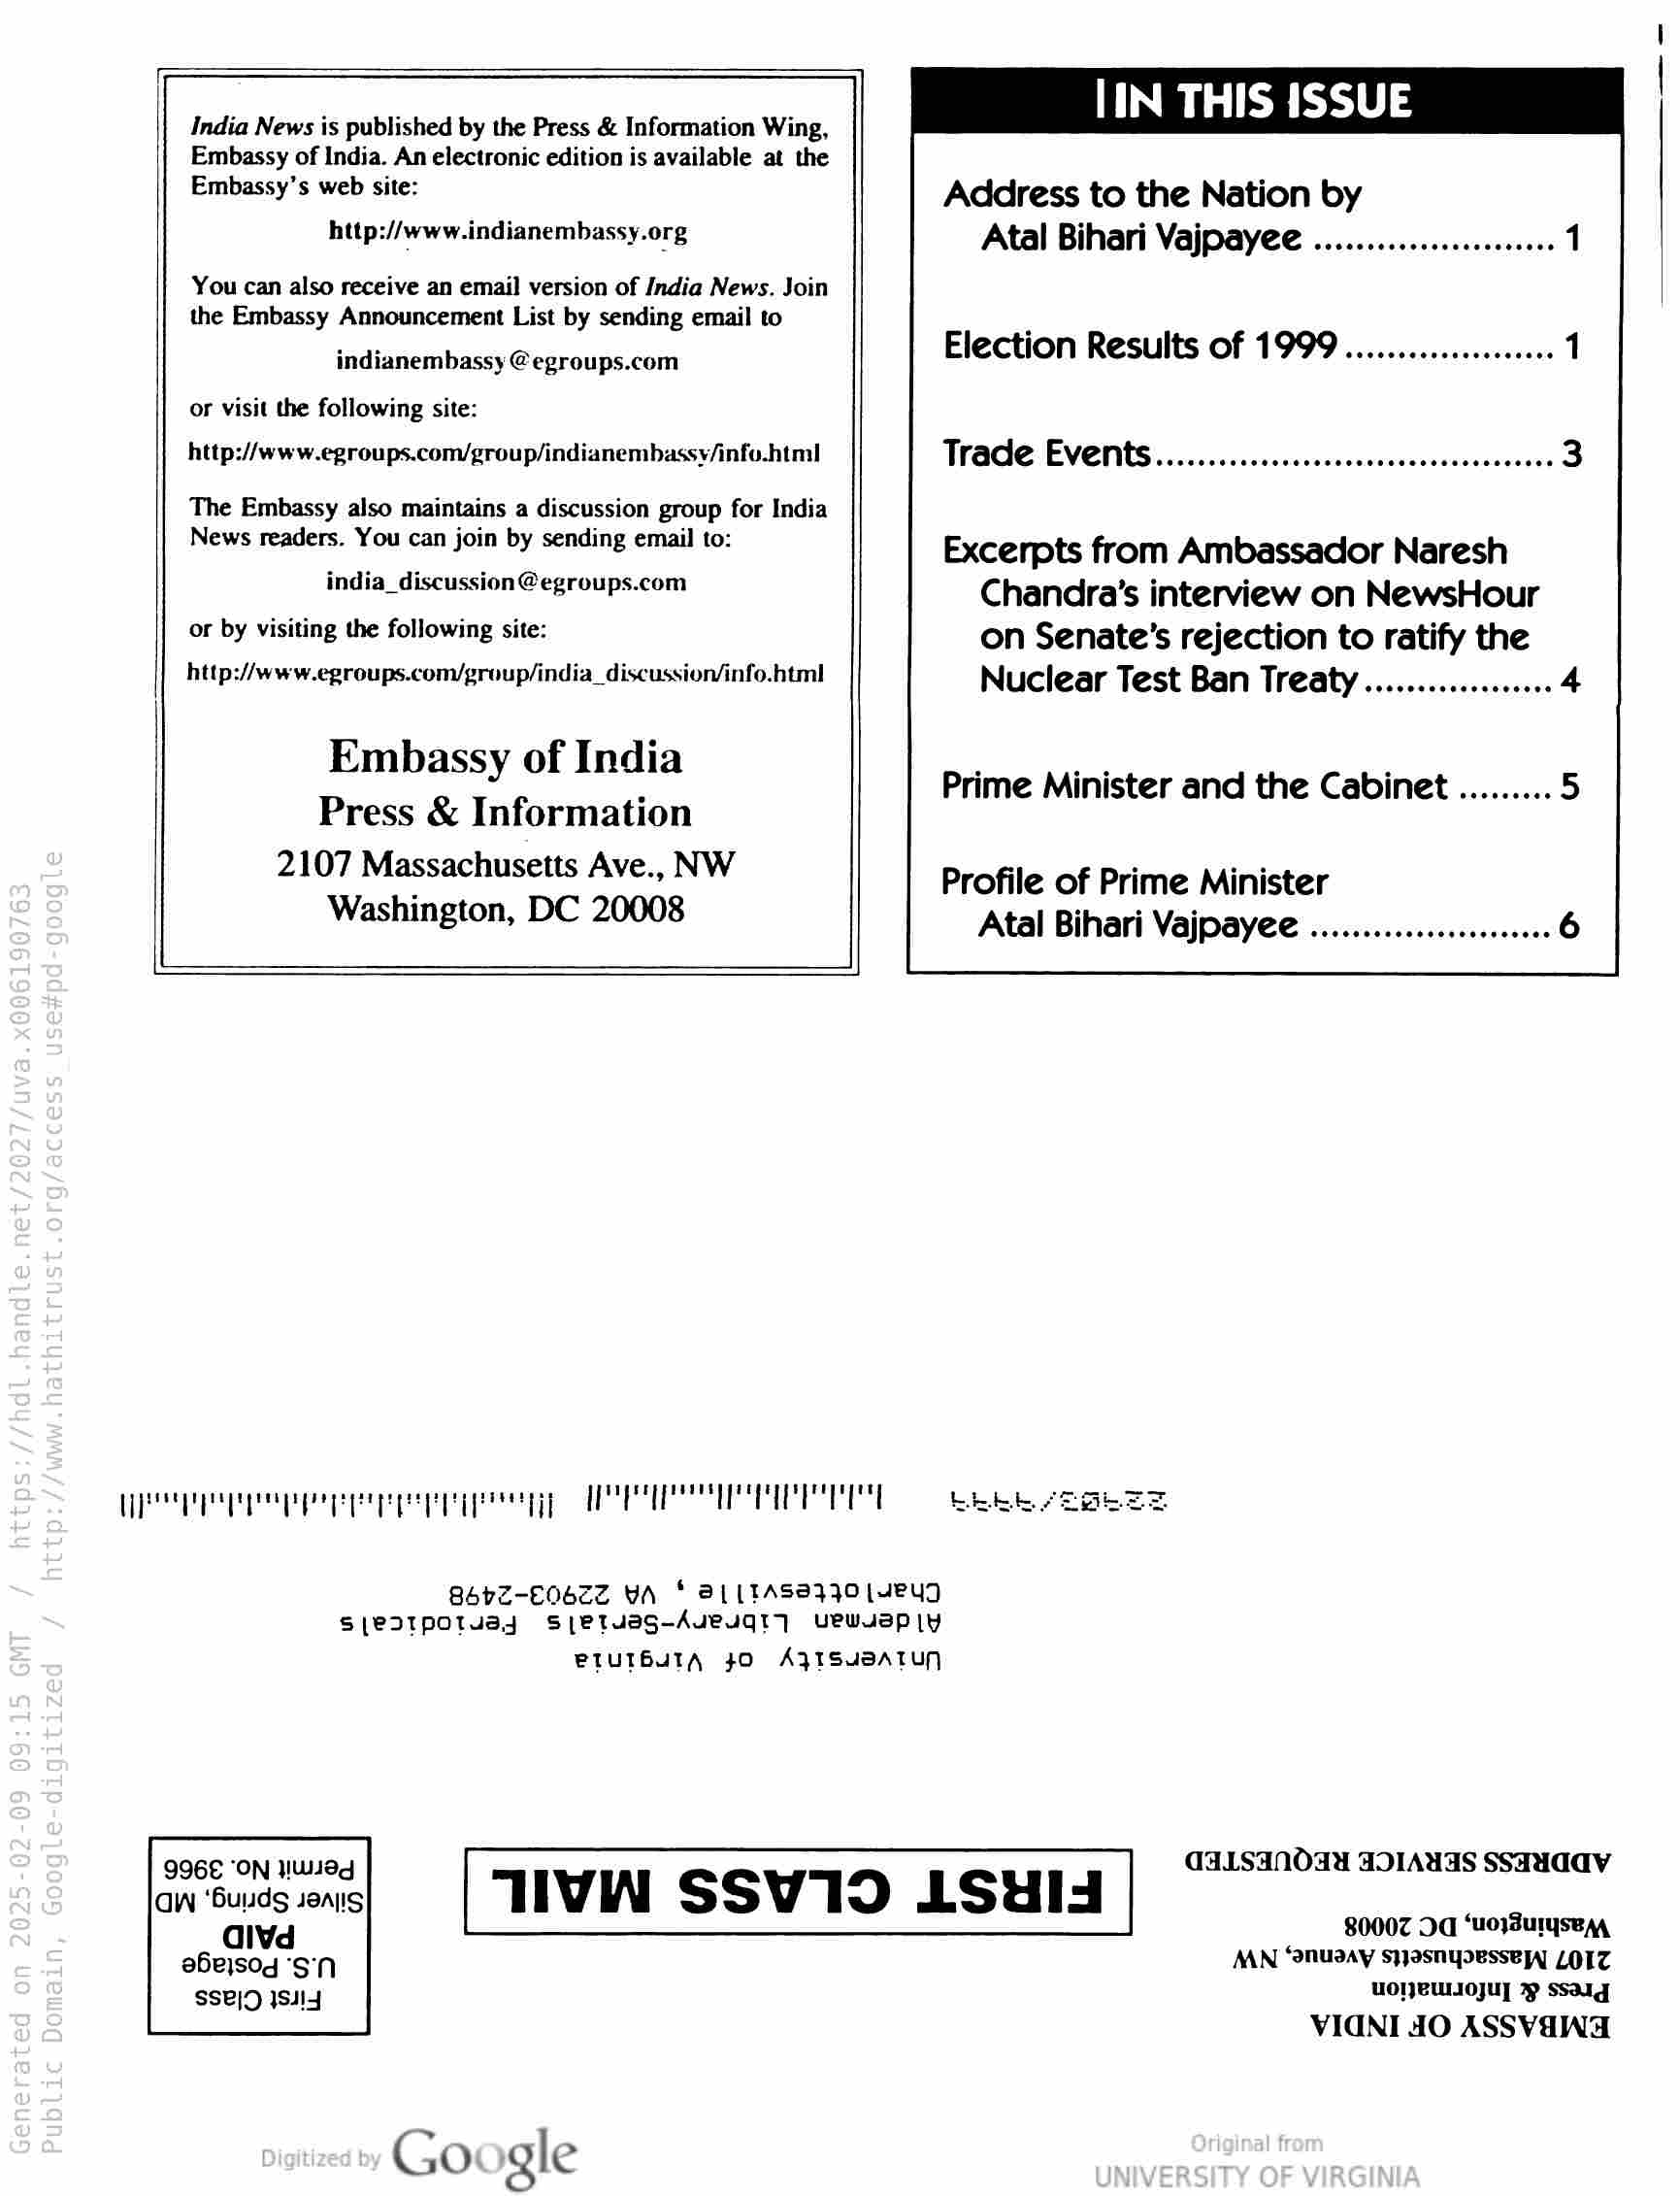
India News is published by the Press & Information Wing,
Embassy of India. An electronic edition is available at the
Embassy’s web site:

http://www.indianembassy.org

You can also receive an email version of India News. Join

the Embassy Announcement List by sending email to
indianembassy @ egroups.com

or visit the following site:

http://www.egroups.com/group/indianembassv/infu.html

The Embassy also maintains a discussion group for India
News readers. You can join by sending email to:

india_discussion@egroups.com
or by visiting the following site:

http://www.egroups.con/group/india_discussion/info.html

Embassy of India
Press & Information

2107 Massachusetts Ave., NW
Washington, DC 20008

TTY ual TW Sl eT 11 hd il ee 9 Gi tl al Pl

IN THIS ISSUE

Address to the Nation by
Atal Bihari Vajpayee .................. re |

Election Results of 1999.

Trade Events

Excerpts from Ambassador Naresh
Chandra’s interview on NewsHour
on Senate’s rejection to ratify the
Nuclear Test Ban Treaty................66 4

Prime Minister and the Cabinet

Profile of Prime Minister
Atal Bihari Vajpayee ........... Wii seaside 6

B4SpzZ-E0b7z YA * AL (1TASAz30(YeUD
seodtpotuay spetuag-Aueugt] uUewuaP|Yy
PTUIBUTA $0 ARISUBATUN

996€ ‘ON Wag
GW ‘Buds sens

alvd
abejsog SN
SSE|D ISJI4

Google

GgaLsandad AOIAUAS SSAAdaV
TVA SSV19D LSHIS
80007 Dd ‘uo}SuIysE A,

MN ‘nuaay syasnypesseyy LOZ
uoNeUoyuy] yy ssag

VIGNI 40 ASSVENA